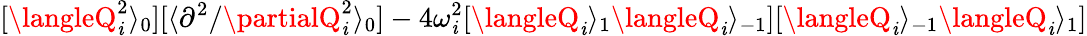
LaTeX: [\langleQ_{\mathit{i}}^{2}\rangle_{0}][\langle{\partial^{2}}/{\partialQ_{\mathit{i}}^{2}}\rangle_{0}]-4\omega_{\mathit{i}}^{2}[\langleQ_{\mathit{i}}\rangle_{1}\langleQ_{\mathit{i}}\rangle_{-1}][\langleQ_{\mathit{i}}\rangle_{-1}\langleQ_{\mathit{i}}\rangle_{1}]